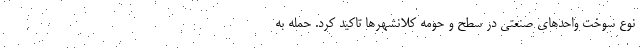
نوع سوخت واحدهای صنعتی در سطح و حومه کلانشهرها تاکید کرد. حمله به